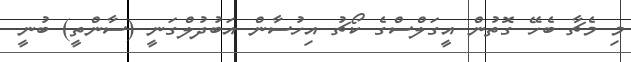
މި މެޗާ ބެހޭ ގޮތުން އީގަލްސްގެ ކޯޗު އިހުސާން އަބުދުލްގަނީ (ސާންތީ) ބުނީ